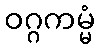
ဝဂ္ဂကမ္မံ